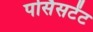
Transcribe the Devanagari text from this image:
पर्सिसटेंट